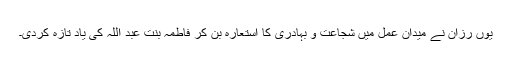
یوں رزان نے میدان عمل میں شجاعت و بہادری کا استعارہ بن کر فاطمہ بنت عبد اللہ کی یاد تازہ کردی۔